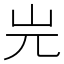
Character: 𡵉